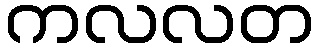
ကလလတ